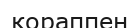
қораппен